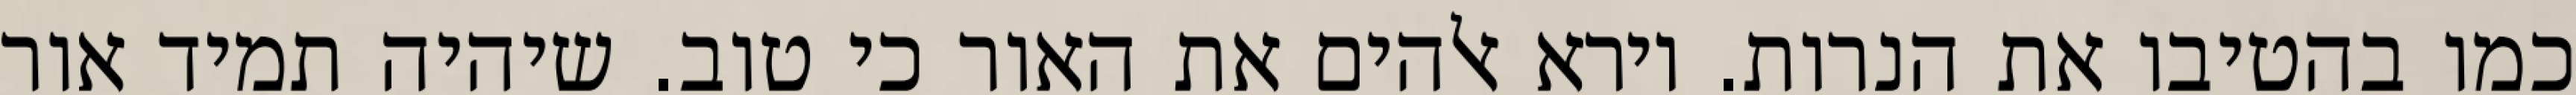
כמו בהטיבו את הנרות. וירא אלהים את האור כי טוב. שיהיה תמיד אור